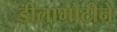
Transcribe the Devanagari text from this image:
डीलामोटीने